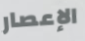
الإعصار